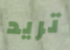
تريد